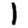
Digit: 1